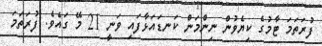
ފުރަތަމަ ޓާމުގެ ކިޔެވުން ނިންމަން ކަނޑައަޅާފައި ވަނީ 21 މޭ ގައެވެ. ފުރަތަމަ